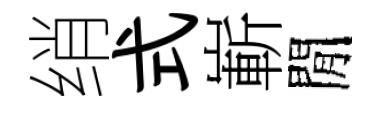
绡式嶄閒